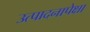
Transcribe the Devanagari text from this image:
उत्पादनापेक्षा